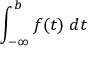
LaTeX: \int _ { - \infty } ^ { b } f ( t ) \; d t